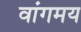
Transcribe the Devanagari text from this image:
वांगमय